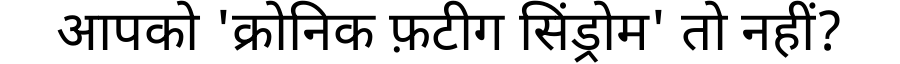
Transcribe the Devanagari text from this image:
आपको 'क्रोनिक फ़टीग सिंड्रोम' तो नहीं?